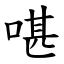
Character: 啿